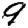
Digit: 9